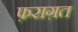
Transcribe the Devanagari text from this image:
फ़राग़त